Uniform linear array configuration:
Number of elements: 4
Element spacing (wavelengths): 0.75
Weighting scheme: uniform
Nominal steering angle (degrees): -60
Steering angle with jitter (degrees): -58.949
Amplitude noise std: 0.05
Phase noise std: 0.05

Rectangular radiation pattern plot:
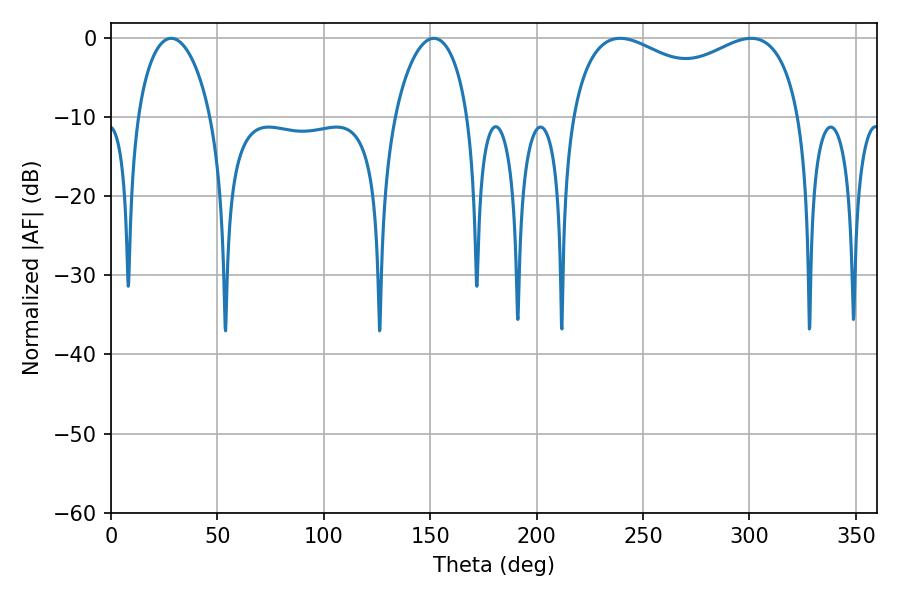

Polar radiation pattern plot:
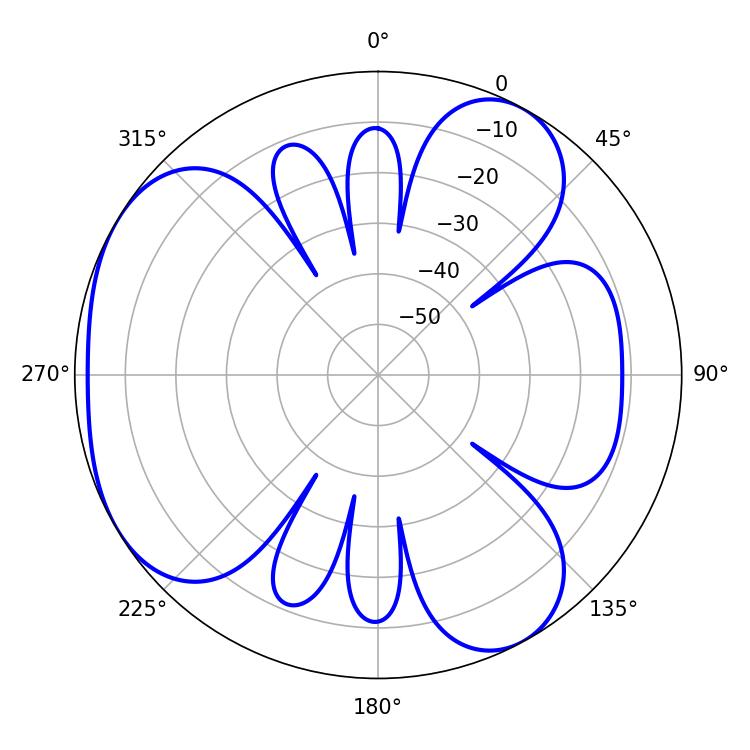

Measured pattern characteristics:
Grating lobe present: TRUE
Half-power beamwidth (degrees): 89.64
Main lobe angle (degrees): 239.22